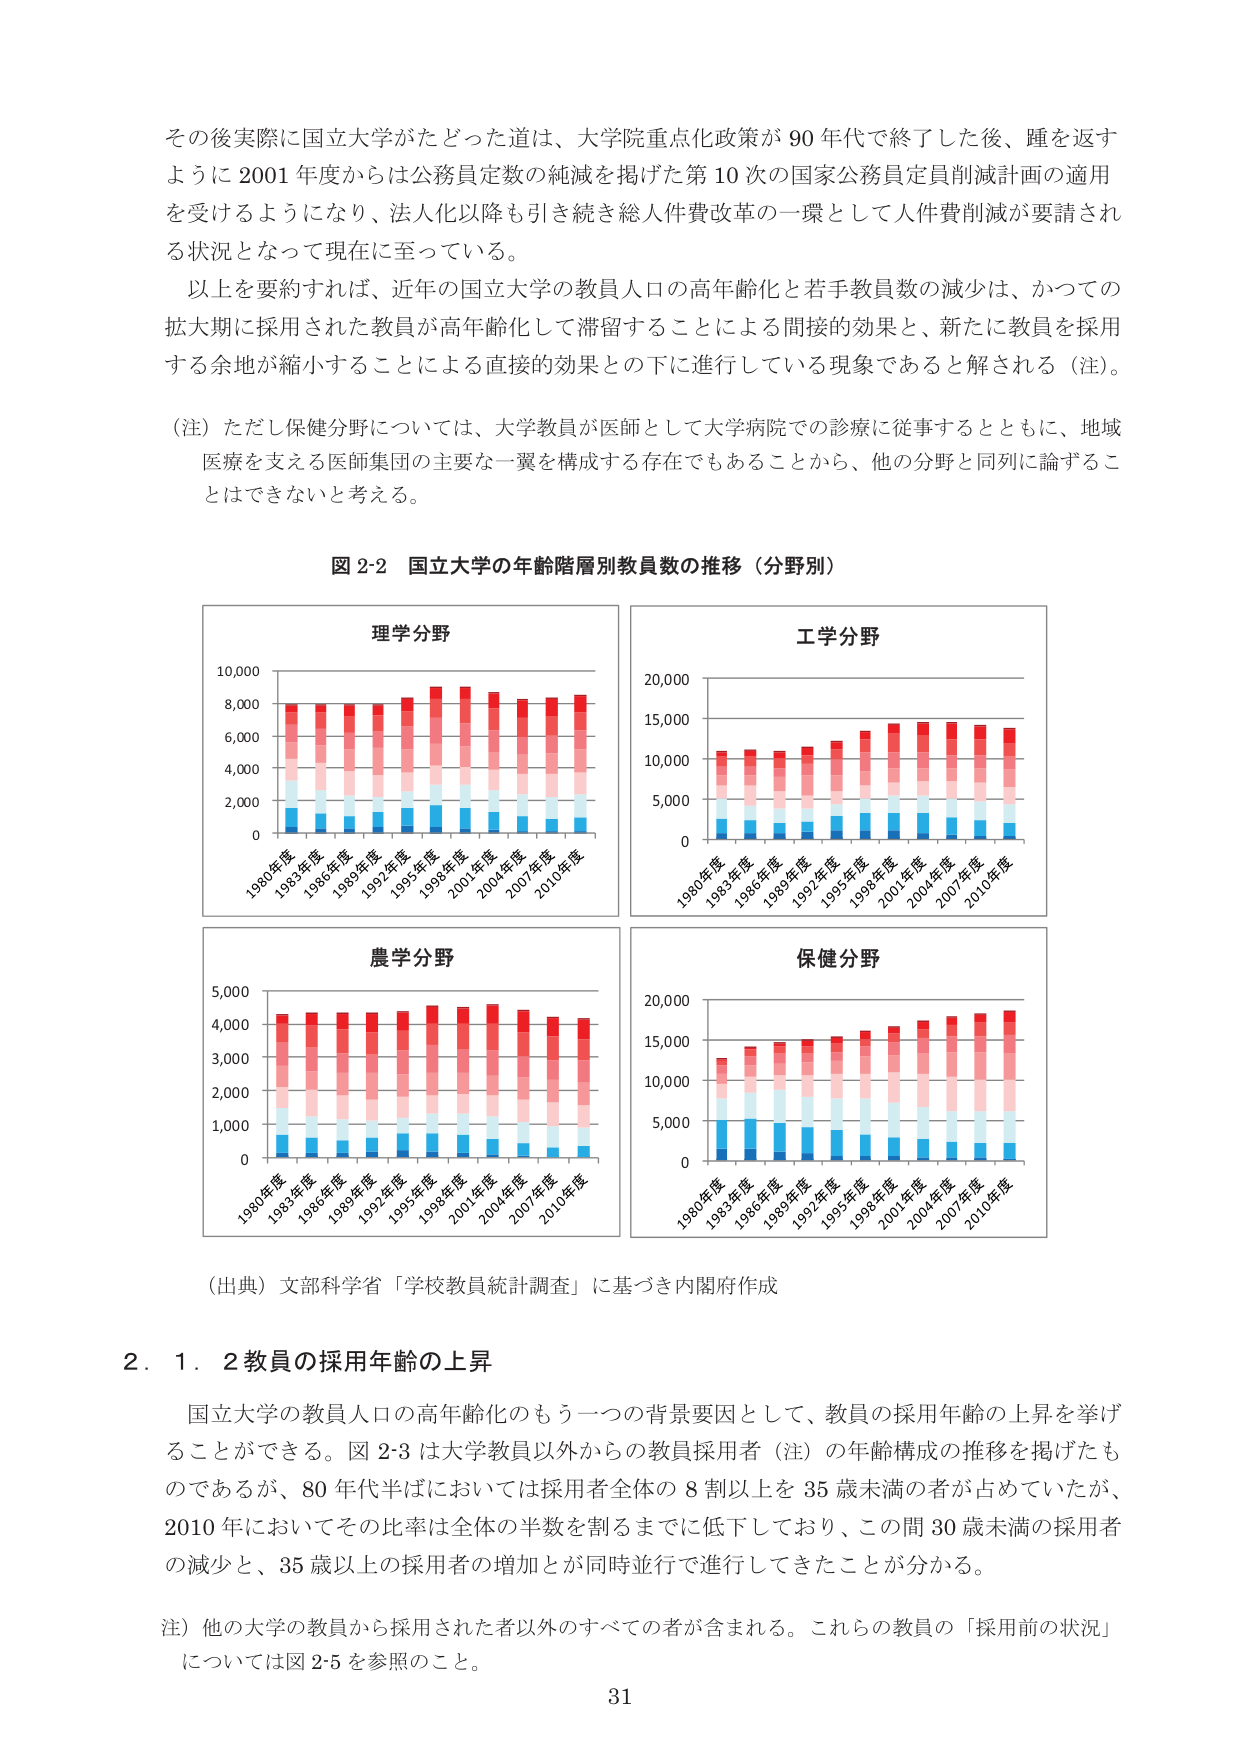
その後実際に国立大学がたどった道は、大学院重点化政策が90年代で終了した後、踵を返すように2001年度からは公務員定数の純減を掲げた第10次の国家公務員定員削減計画の適用を受けるようになり、法人化以降も引き続き総人件費改革の一環として人件費削減が要請される状況となって現在に至っている。

以上を要約すれば、近年の国立大学の教員人口の高年齢化と若手教員数の減少は、かつての拡大期に採用された教員が高年齢化して滞留することによる間接的効果と、新たに教員を採用する余地が縮小することによる直接的効果との下に進行している現象であると解される（注）。

（注）ただし保健分野については、大学教員が医師として大学病院での診療に従事するとともに、地域医療を支える医師集団の主要な一翼を構成する存在でもあることから、他の分野と同列に論ずることはできないと考える。

図2-2 国立大学の年齢階層別教員数の推移（分野別）

理学分野

10,000
8,000
6,000
4,000
2,000
0

1980年度 1983年度 1986年度 1989年度 1992年度 1995年度 1998年度 2001年度 2004年度 2007年度 2010年度

工学分野

20,000
15,000
10,000
5,000
0

1980年度 1983年度 1986年度 1989年度 1992年度 1995年度 1998年度 2001年度 2004年度 2007年度 2010年度

農学分野

5,000
4,000
3,000
2,000
1,000
0

1980年度 1983年度 1986年度 1989年度 1992年度 1995年度 1998年度 2001年度 2004年度 2007年度 2010年度

保健分野

20,000
15,000
10,000
5,000
0

1980年度 1983年度 1986年度 1989年度 1992年度 1995年度 1998年度 2001年度 2004年度 2007年度 2010年度

（出典）文部科学省「学校教員統計調査」に基づき内閣府作成

2．1．2 教員の採用年齢の上昇

国立大学の教員人口の高年齢化のもう一つの背景要因として、教員の採用年齢の上昇を挙げることができる。図2-3は大学教員以外からの教員採用者（注）の年齢構成の推移を掲げたものであるが、80年代半ばにおいては採用者全体の8割以上を35歳未満の者が占めていたが、2010年においてその比率は全体の半数を割るまでに低下しており、この間30歳未満の採用者の減少と、35歳以上の採用者の増加とが同時並行で進行してきたことが分かる。

注）他の大学の教員から採用された者以外のすべての者が含まれる。これらの教員の「採用前の状況」については図2-5を参照のこと。

31